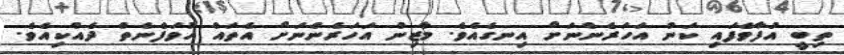
ތިބީ އުފާވެފައި ކަން އަހަރެންނަށް އިނގެއެވެ. މާޒިން އަހަރެންނަށް އެތައް ހުވަފެނެތް ދެއްކިއެވެ.